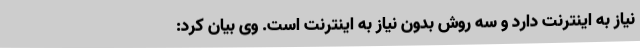
نیاز به اینترنت دارد و سه روش بدون نیاز به اینترنت است. وی بیان کرد: